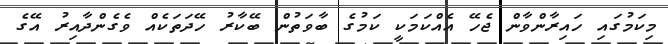
މިކަމުގައި ހައިރާންވާން ޖެހޭ އެއްކަމަކީ ކަމުގެ ބާވަތުން ބޭކާރު ހޭދަތަކެއް ވެގެންދާއިރު އޭގެ